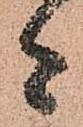
者